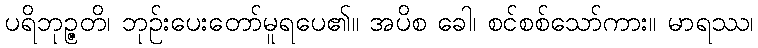
ပရိဘုဉ္ဇတိ၊ ဘုဉ်းပေးတော်မူရပေ၏။ အပိစ ခေါ၊ စင်စစ်သော်ကား။ မာရဿ၊